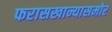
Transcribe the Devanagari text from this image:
फरासखान्यासमोर